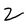
Character: 2